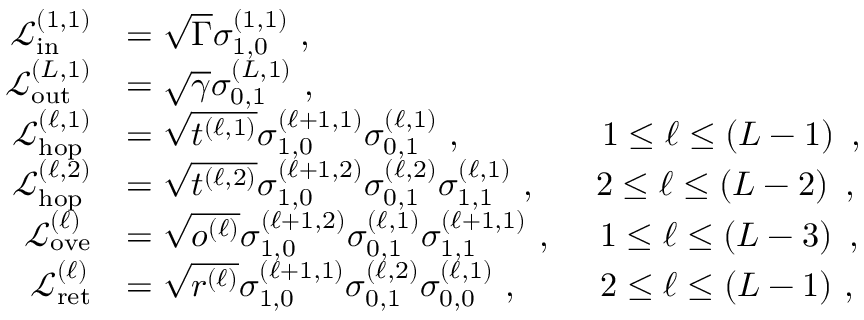
\begin{array} { r l } { \mathcal { L } _ { \mathrm { i n } } ^ { ( 1 , 1 ) } } & { = \sqrt { \Gamma } \sigma _ { 1 , 0 } ^ { ( 1 , 1 ) } \, \, , } \\ { \mathcal { L } _ { \mathrm { o u t } } ^ { ( L , 1 ) } } & { = \sqrt { \gamma } \sigma _ { 0 , 1 } ^ { ( L , 1 ) } \, \, , } \\ { \mathcal { L } _ { \mathrm { h o p } } ^ { ( \ell , 1 ) } } & { = \sqrt { t ^ { ( \ell , 1 ) } } \sigma _ { 1 , 0 } ^ { ( \ell + 1 , 1 ) } \sigma _ { 0 , 1 } ^ { ( \ell , 1 ) } \, \, , \ \ \ \ \ \ \ \ \ \ \ \ 1 \le \ell \le \left( L - 1 \right) \, \, , } \\ { \mathcal { L } _ { \mathrm { h o p } } ^ { ( \ell , 2 ) } } & { = \sqrt { t ^ { ( \ell , 2 ) } } \sigma _ { 1 , 0 } ^ { ( \ell + 1 , 2 ) } \sigma _ { 0 , 1 } ^ { ( \ell , 2 ) } \sigma _ { 1 , 1 } ^ { ( \ell , 1 ) } \, \, , \ \ \ \ \ 2 \le \ell \le \left( L - 2 \right) \, \, , } \\ { \mathcal { L } _ { \mathrm { o v e } } ^ { ( \ell ) } } & { = \sqrt { o ^ { ( \ell ) } } \sigma _ { 1 , 0 } ^ { ( \ell + 1 , 2 ) } \sigma _ { 0 , 1 } ^ { ( \ell , 1 ) } \sigma _ { 1 , 1 } ^ { ( \ell + 1 , 1 ) } \, \, , \ \ \ \ 1 \le \ell \le \left( L - 3 \right) \, \, , } \\ { \mathcal { L } _ { \mathrm { r e t } } ^ { ( \ell ) } } & { = \sqrt { r ^ { ( \ell ) } } \sigma _ { 1 , 0 } ^ { ( \ell + 1 , 1 ) } \sigma _ { 0 , 1 } ^ { ( \ell , 2 ) } \sigma _ { 0 , 0 } ^ { ( \ell , 1 ) } \, \, , \ \ \ \ \ \ \ 2 \le \ell \le \left( L - 1 \right) \, , } \end{array}